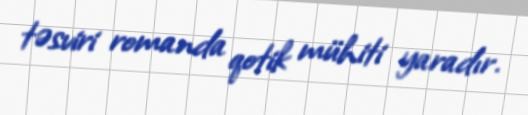
təsviri romanda qotik mühiti yaradır.